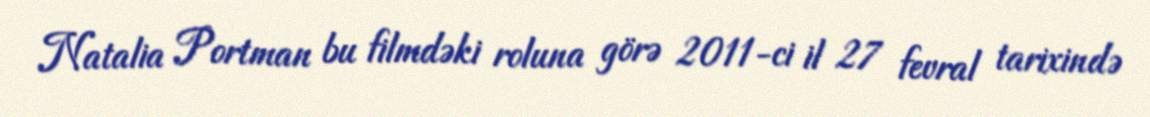
Natalia Portman bu filmdəki roluna görə 2011-ci il 27 fevral tarixində